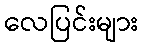
လေပြင်းများ